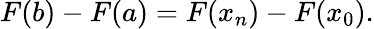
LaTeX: F(b)-F(a)=F(x_{n})-F(x_{0}).